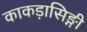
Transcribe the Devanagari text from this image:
काकड़ासिङ्गी